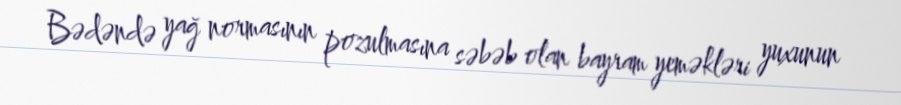
Bədəndə yağ normasının pozulmasına səbəb olan bayram yeməkləri yuxunun